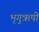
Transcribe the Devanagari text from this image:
भृगुऋषी